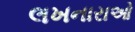
લખનારાઓ